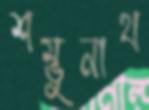
শম্ভুনাথ